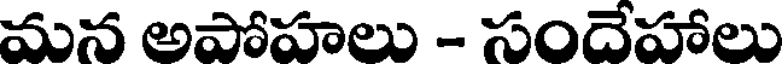
మన అపోహలు - సందేహాలు